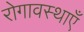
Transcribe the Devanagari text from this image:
रोगावस्थाएँ